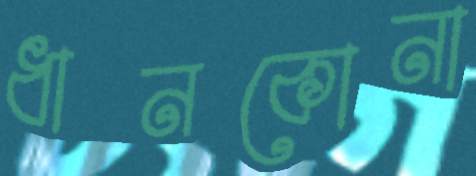
ধানকোনা